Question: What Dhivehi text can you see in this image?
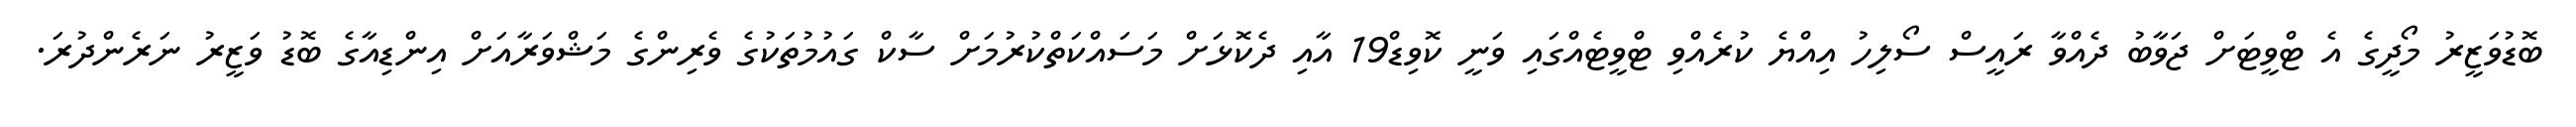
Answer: ބޮޑުވަޒީރު މޯދީގެ އެ ޓްވީޓަށް ޖަވާބު ދެއްވާ ރައީސް ސޯލިހު އިއްޔެ ކުރެއްވި ޓްވީޓެއްގައި ވަނީ ކޮވިޑް19 އާއި ދެކޮޅަށް މަސައްކަތްކުރުމަށް ސާކް ގައުމުތަކުގެ ވެރިންގެ މަޝްވަރާއަށް އިންޑިއާގެ ބޮޑު ވަޒީރު ނަރެންދުރަ.